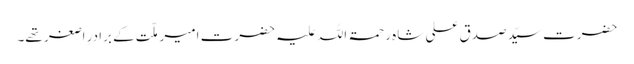
حضرت سیّد صدق علی شاہ رحمۃ اللہ علیہ حضرت امیر ملّت کے برادرِ اصغر تھے۔